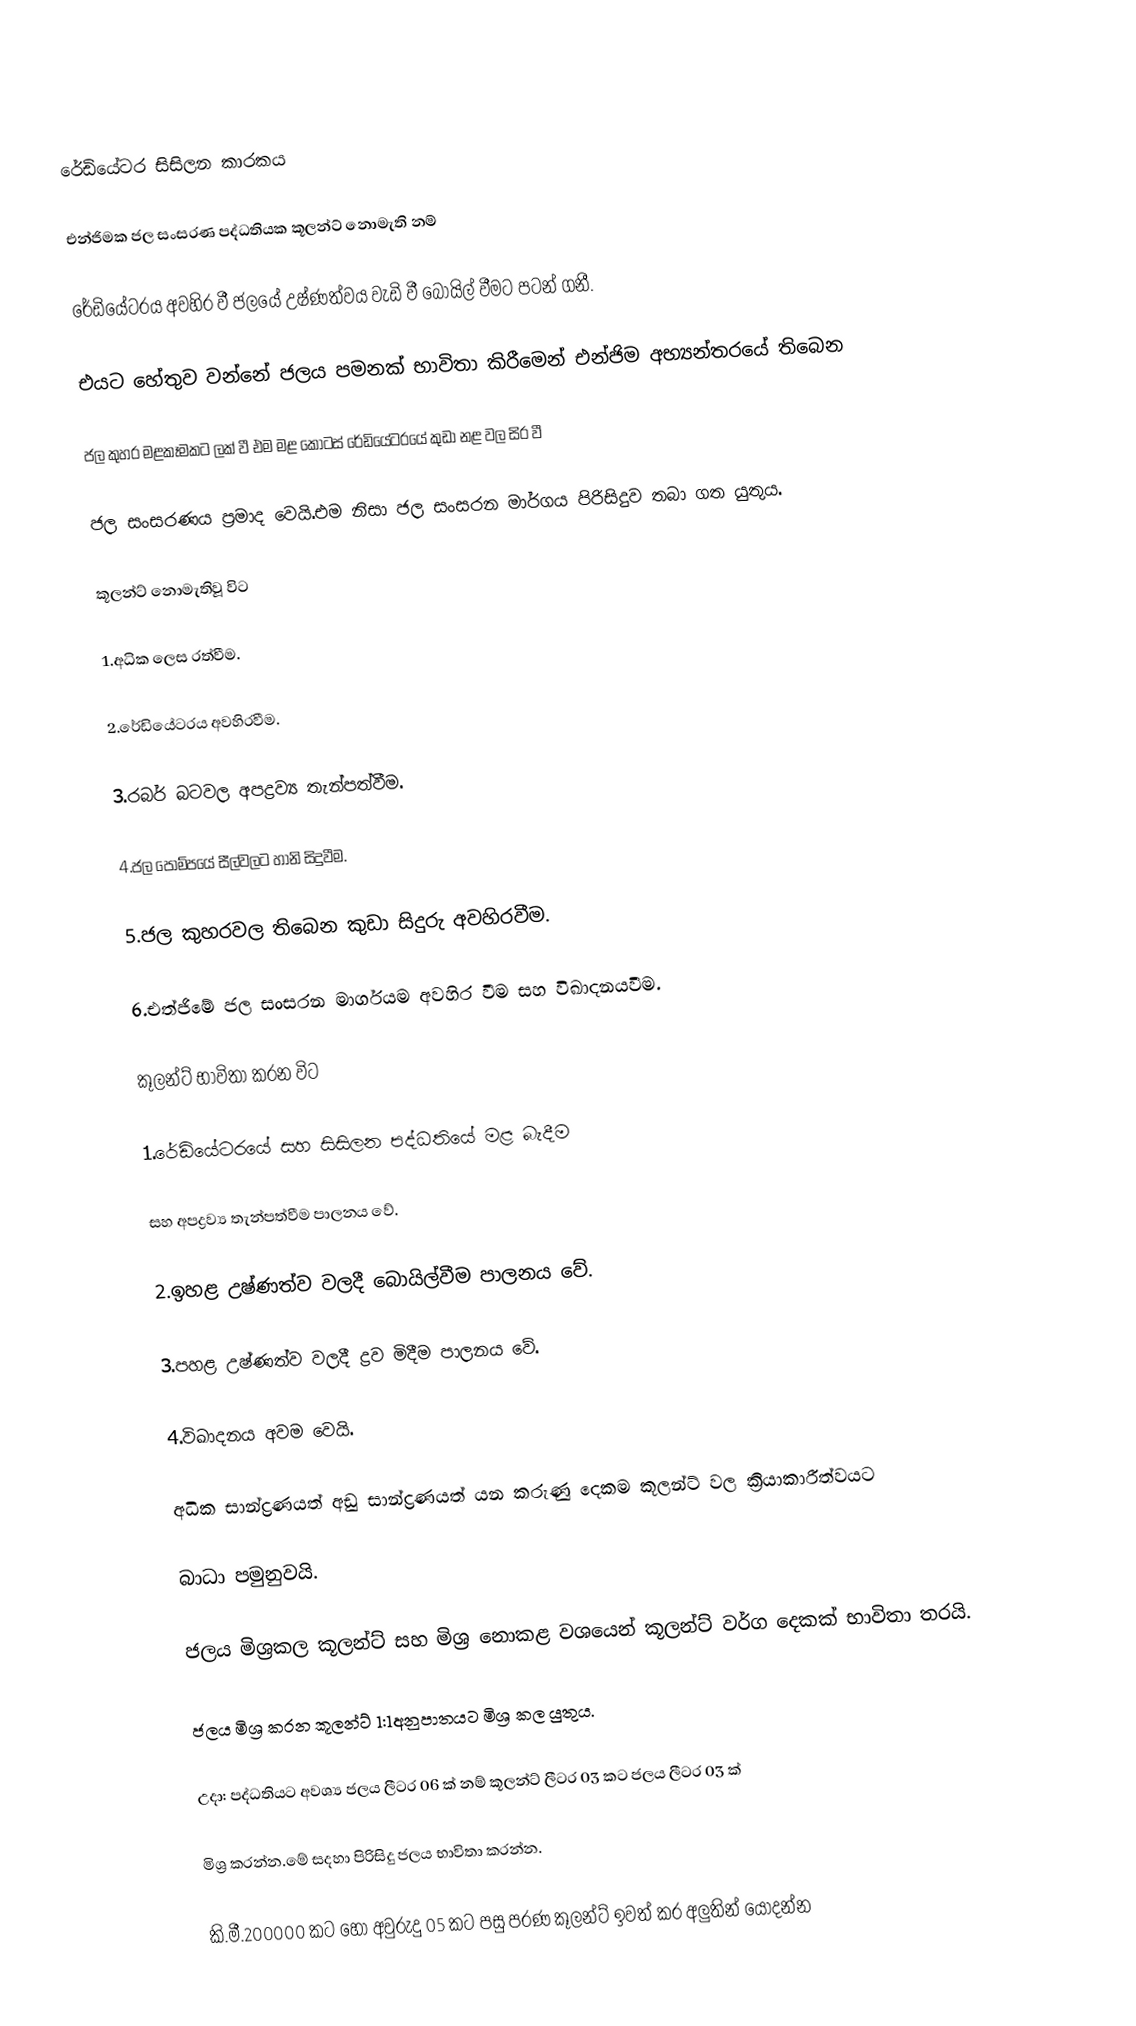

රේඩියේටර සිසිලන කාරකය

එන්ජිමක ජල සංසරණ පද්ධතියක කූලන්ට් නොමැති නම්

රේඩියේටරය අවහිර වී ජලයේ උෂ්ණත්වය වැඩි වී බොයිල් වීමට පටන් ගනී.

එයට හේතුව වන්නේ ජලය පමනක් භාවිතා කිරීමෙන් එන්ජිම අභ්‍යන්තරයේ තිබෙන

ජල කුහර මළකෑමකට ලක් වී එම මළ කොටස් රේඩියේටරයේ කුඩා නළ වල සිර වී

ජල සංසරණය ප්‍රමාද වෙයි.එම නිසා ජල සංසරන මාර්ගය පිරිසිදුව තබා ගත යුතුය.

කූලන්ට් නොමැතිවූ විට

1.අධික ලෙස රත්වීම.

2.රේඩියේටරය අවහිරවීම.

3.රබර් බටවල අපද්‍රව්‍ය තැන්පත්වීම.

4.ජල පොම්‍පයේ සීල්වලට හානි සිදුවීම.

5.ජල කුහරවල තිබෙන කුඩා සිදුරු අවහිරවීම.

6.එත්ජිමේ ජල සංසරන මාර්ගයම අවහිර වීම සහ විඛාදනයවීම.

කූලන්ට් භාවිතා කරන විට

1.රේඩියේටරයේ සහ සිසිලන පද්ධතියේ මළ බැදීම

සහ අපද්‍රව්‍ය තැන්පත්වීම පාලනය වේ.

2.ඉහළ උෂ්ණත්ව වලදී බොයිල්වීම පාලනය වේ.

3.පහළ උෂ්ණත්ව වලදී ද්‍රව මිදීම පාලනය වේ.

4.විඛාදනය අවම වෙයි.

අධික සාන්ද්‍රණයත් අඩු සාන්ද්‍රණයත් යන කරුණු දෙකම කූලන්ට් වල ක්‍රියාකාරීත්වයට

බාධා පමුනුවයි.

ජලය මිශ්‍රකල කූලන්ට් සහ මිශ්‍ර නොකළ වශයෙන් කූලන්ට් වර්ග දෙකක් භාවිතා තරයි.

ජලය මිශ්‍ර කරන කූලන්ට් 1:1අනුපාතයට මිශ්‍ර කල යුතුය.

උදා: පද්ධතියට අවශ්‍ය ජලය ලීටර 06 ක් නම් කූලන්ට් ලීටර 03 කට ජලය ලීටර 03 ක්

මිශ්‍ර කරන්න.මේ සදහා පිරිසිදු ජලය භාවිතා කරන්න.

කි.මී.200000 කට හෝ අවුරුදු 05 කට පසු පරණ කූලන්ට් ඉවත් කර අලුතින් යොදන්න